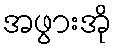
အဖွားအို